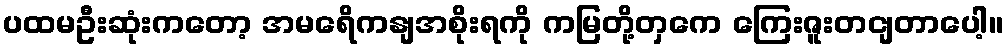
ပထမဦးဆုံးကတော့ အမရေိကနျအစိုးရကို ကမြတို့တှကေ ကြေးဇူးတငျတာပေါ့။